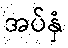
အပ်နှံ